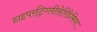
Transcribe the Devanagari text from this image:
हाइपरट्रिग्लीसेरिडेमिया